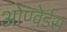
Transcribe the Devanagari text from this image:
ओण्वेर्डस